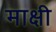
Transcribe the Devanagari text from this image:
माक्षी